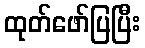
ထုတ်ဖော်ပြပြီး